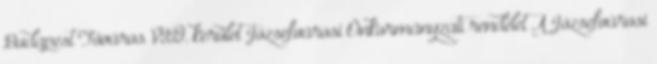
Budapest Főváros VIII. kerület Józsefvárosi Önkormányzati rendelet A Józsefvárosi